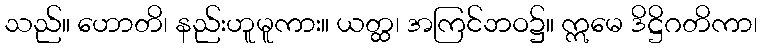
သည်။ ဟောတိ၊ နည်းဟူမူကား။ ယတ္ထ၊ အကြင်ဘဝ၌။ ဣမေ ဒိဋ္ဌိဂတိကာ၊